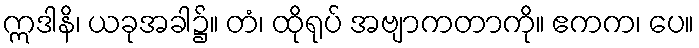
ဣဒါနိ၊ ယခုအခါ၌။ တံ၊ ထိုရုပ် အဗျာကတာကို။ ဧကက၊ ပေ။